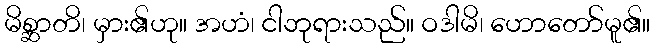
မိစ္ဆာတိ၊ မှား၏ဟု။ အဟံ၊ ငါဘုရားသည်။ ဝဒါမိ၊ ဟောတော်မူ၏။